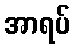
အာရပ်